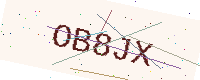
Text: OB8JX